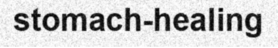
stomach-healing